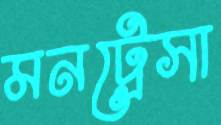
মনট্রেসা